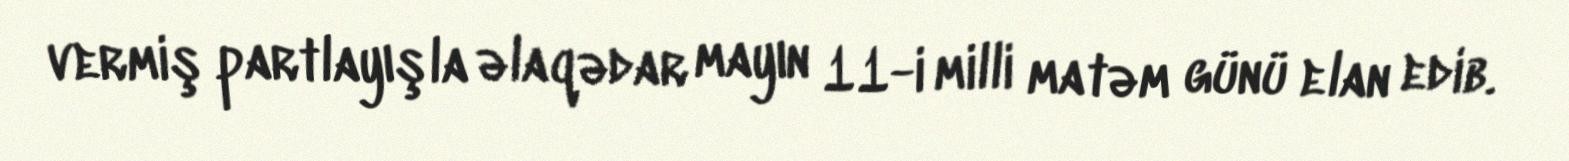
vermiş partlayışla əlaqədar mayın 11-i milli matəm günü elan edib.